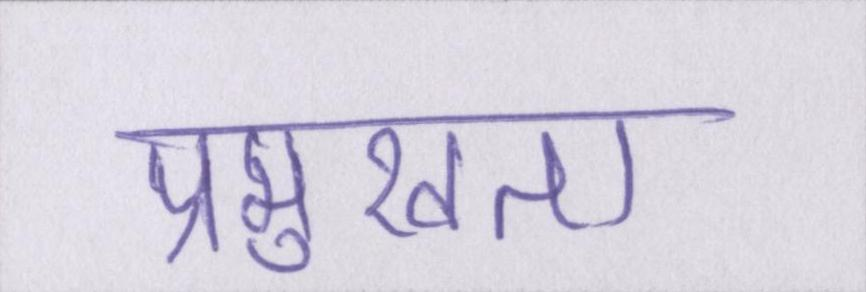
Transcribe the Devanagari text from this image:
प्रमुखता